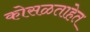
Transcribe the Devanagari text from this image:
कोसळताहेत